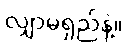
လျှာမရှည်နဲ့။